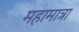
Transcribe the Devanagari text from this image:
महामात्रा